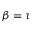
\beta = \tau